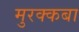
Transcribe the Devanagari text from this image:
मुरक्कबा